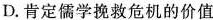
D.肯定儒学挽救危机的价值